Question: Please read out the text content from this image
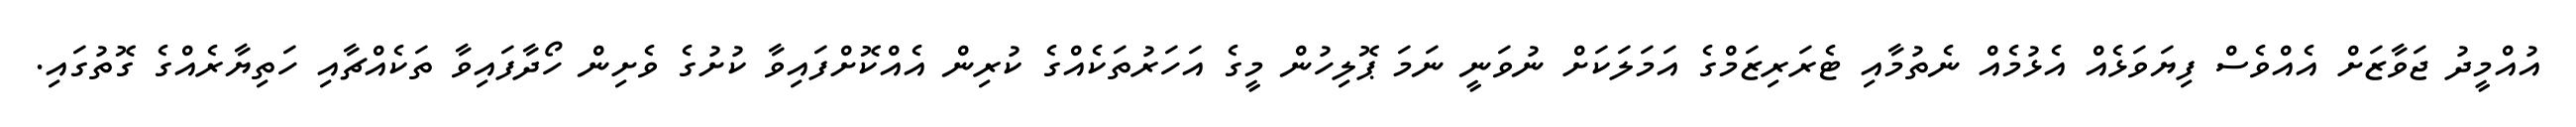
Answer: އުއްމީދު ޖަވާޒަށް އެއްވެސް ފިޔަވަޅެއް އެޅުމެއް ނެތުމާއި ޓެރަރިޒަމްގެ އަމަލަކަށް ނުވަނީ ނަމަ ޕޮލިހުން މީގެ އަހަރުތަކެއްގެ ކުރިން އެއްކޮށްފައިވާ ކުށުގެ ވެށިން ހޯދާފައިވާ ތަކެއްޗާއި ހަތިޔާރެއްގެ ގޮތުގައި.